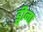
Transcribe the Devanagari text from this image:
ड्वीना